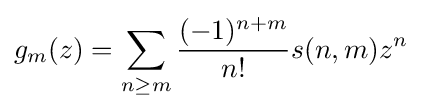
g_{m}(z)=\sum _{n\geq m}{\frac {(-1)^{n+m}}{n!}}s(n,m)z^{n}